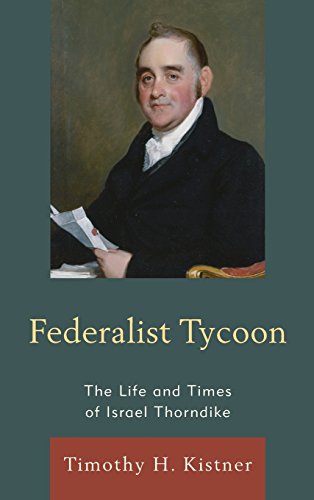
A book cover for Federalist Tycoon: The Life and Times of Israel Thorndike; Timothy H. Kistner; Biographies & Memoirs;